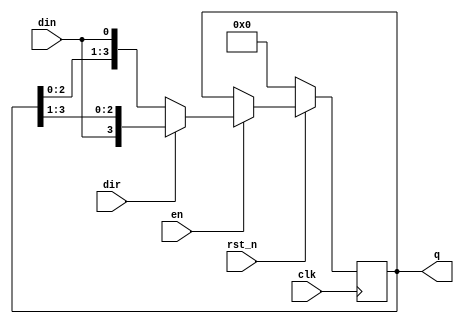
/* Shift register IP HDL code */
`timescale 1ns / 1ps

module shift_register
    (
        input  wire       clk, rst_n,
        input  wire       dir, din, en,
        output wire [3:0] q
    );
    
    // Shift-reg internal signals
    reg [3:0] sreg_cv, sreg_nv;
    
    // Sequential behaviour implementation, with low active reset
    always @(posedge clk)
    begin
        if (!rst_n)
            sreg_cv <= 0;
        else
            sreg_cv <= sreg_nv;
    end
    
    // Shifting behaviour implementation
    always @(*)
    begin
        sreg_nv = sreg_cv;
        if (en)
            // Shifting direction based on dir value
            if (!dir)
                sreg_nv = {sreg_cv[2:0], din}; 
            else
                sreg_nv = {din, sreg_cv[3:1]};
    end
    
    assign q = sreg_cv;

endmodule